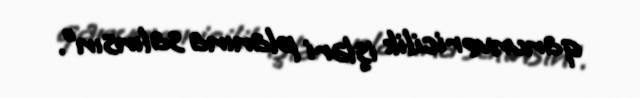
qanunvericilik işləri planına salınsın”.